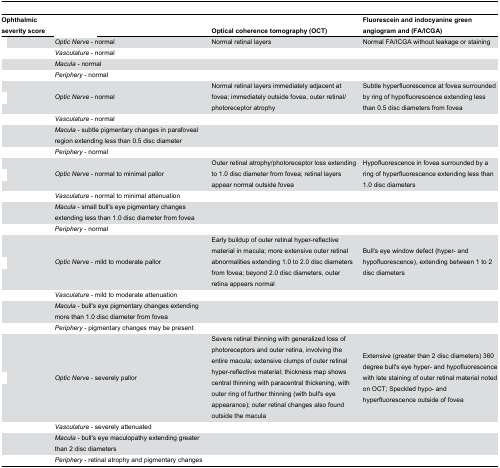
<table><thead><tr><td><b>Ophthalmic severity score</b></td><td>[EMPTY_CELL]</td><td><b>Optical coherence tomography (OCT)</b></td><td><b>Fluorescein and indocyanine green angiogram and (FA/ICGA)</b></td></tr></thead><tbody><tr><td>[EMPTY_CELL]</td><td><i>Optic Nerve</i> - normal</td><td>Normal retinal layers</td><td>Normal FA/ICGA without leakage or staining</td></tr><tr><td>[EMPTY_CELL]</td><td><i>Vasculature</i> - normal</td><td>[EMPTY_CELL]</td><td>[EMPTY_CELL]</td></tr><tr><td>[EMPTY_CELL]</td><td><i>Macula</i> - normal</td><td>[EMPTY_CELL]</td><td>[EMPTY_CELL]</td></tr><tr><td>[EMPTY_CELL]</td><td><i>Periphery</i> - normal</td><td>[EMPTY_CELL]</td><td>[EMPTY_CELL]</td></tr><tr><td>[EMPTY_CELL]</td><td><i>Optic Nerve</i> - normal</td><td>Normal retinal layers immediately adjacent at fovea; immediately outside fovea, outer retinal/photoreceptor atrophy</td><td>Subtle hyperfluorescence at fovea surrounded by ring of hypofluorescence extending less than 0.5 disc diameters from fovea</td></tr><tr><td>[EMPTY_CELL]</td><td><i>Vasculature</i> - normal</td><td>[EMPTY_CELL]</td><td>[EMPTY_CELL]</td></tr><tr><td>[EMPTY_CELL]</td><td><i>Macula</i> - subtle pigmentary changes in parafoveal region extending less than 0.5 disc diameter</td><td>[EMPTY_CELL]</td><td>[EMPTY_CELL]</td></tr><tr><td>[EMPTY_CELL]</td><td><i>Periphery</i> - normal</td><td>[EMPTY_CELL]</td><td>[EMPTY_CELL]</td></tr><tr><td>[EMPTY_CELL]</td><td><i>Optic Nerve</i> - normal to minimal pallor</td><td>Outer retinal atrophy/photoreceptor loss extending to 1.0 disc diameter from fovea; retinal layers appear normal outside fovea</td><td>Hypofluorescence in fovea surrounded by a ring of hyperfluorescence extending less than 1.0 disc diameters</td></tr><tr><td>[EMPTY_CELL]</td><td><i>Vasculature</i> - normal to minimal attenuation</td><td>[EMPTY_CELL]</td><td>[EMPTY_CELL]</td></tr><tr><td>[EMPTY_CELL]</td><td><i>Macula</i> - small bull's eye pigmentary changes extending less than 1.0 disc diameter from fovea</td><td>[EMPTY_CELL]</td><td>[EMPTY_CELL]</td></tr><tr><td>[EMPTY_CELL]</td><td><i>Periphery</i> - normal</td><td>[EMPTY_CELL]</td><td>[EMPTY_CELL]</td></tr><tr><td>[EMPTY_CELL]</td><td><i>Optic Nerve - m</i>ild to moderate pallor</td><td>Early buildup of outer retinal hyper-reflective material in macula; more extensive outer retinal abnormalities extending 1.0 to 2.0 disc diameters from fovea; beyond 2.0 disc diameters, outer retina appears normal</td><td>Bull's eye window defect (hyper- and hypofluorescence), extending between 1 to 2 disc diameters</td></tr><tr><td>[EMPTY_CELL]</td><td><i>Vasculature -</i> mild to moderate attenuation</td><td>[EMPTY_CELL]</td><td>[EMPTY_CELL]</td></tr><tr><td>[EMPTY_CELL]</td><td><i>Macula</i> - bull's eye pigmentary changes extending more than 1.0 disc diameter from fovea</td><td>[EMPTY_CELL]</td><td>[EMPTY_CELL]</td></tr><tr><td>[EMPTY_CELL]</td><td><i>Periphery -</i> pigmentary changes may be present</td><td>[EMPTY_CELL]</td><td>[EMPTY_CELL]</td></tr><tr><td>[EMPTY_CELL]</td><td><i>Optic Nerve</i> - severely pallor</td><td>Severe retinal thinning with generalized loss of photoreceptors and outer retina, involving the entire macula; extensive clumps of outer retinal hyper-reflective material; thickness map shows central thinning with paracentral thickening, with outer ring of further thinning (with bull's eye appearance); outer retinal changes also found outside the macula</td><td>Extensive (greater than 2 disc diameters) 360 degree bull's eye hyper- and hypofluorescence with late staining of outer retinal material noted on OCT; Speckled hypo- and hyperfluorescence outside of fovea</td></tr><tr><td>[EMPTY_CELL]</td><td><i>Vasculature</i> - severely attenuated</td><td>[EMPTY_CELL]</td><td>[EMPTY_CELL]</td></tr><tr><td>[EMPTY_CELL]</td><td><i>Macula</i> - bull's eye maculopathy extending greater than 2 disc diameters</td><td>[EMPTY_CELL]</td><td>[EMPTY_CELL]</td></tr><tr><td>[EMPTY_CELL]</td><td><i>Periphery</i> - retinal atrophy and pigmentary changes</td><td>[EMPTY_CELL]</td><td>[EMPTY_CELL]</td></tr></tbody></table>